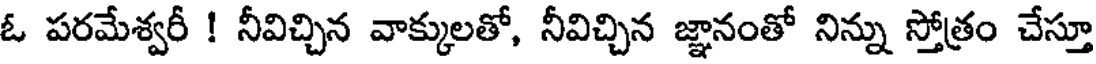
ఓ పరమేశ్వరీ ! నీవిచ్చిన వాక్కులతో, నీవిచ్చిన జ్ఞానంతో నిన్ను స్తోత్రం చేస్తూ